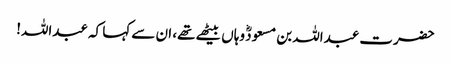
حضرت عبداللہ بن مسعودؓ وہاں بیٹھے تھے، ان سے کہا کہ عبداللہ!